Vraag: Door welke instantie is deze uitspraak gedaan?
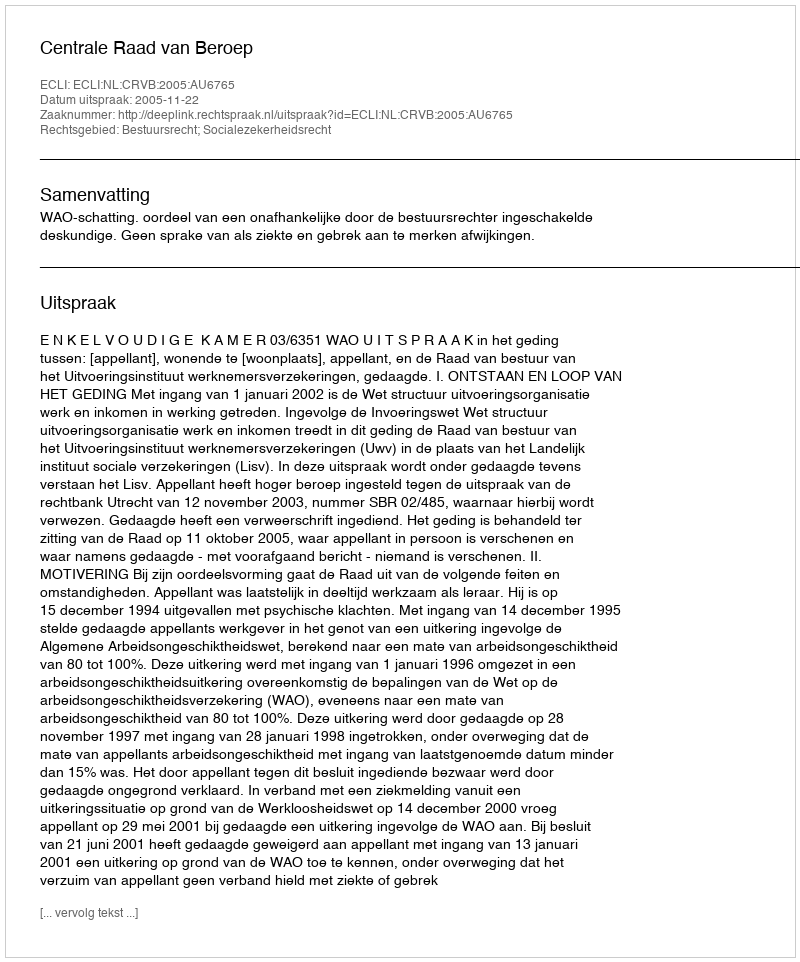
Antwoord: Centrale Raad van Beroep